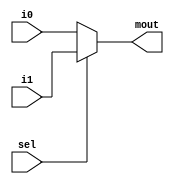
`timescale 1ns / 1ps
module mux(mout,i0,i1,sel);

input [31:0]i0,i1;
input sel;

output reg [31:0]mout;

always @(i0 or i1 or sel)
     begin
	   if(sel==0)
	    mout<=i0;
		else
		 mout<=i1;
	  end
	  

endmodule